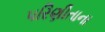
પરિણીતાના